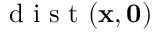
\mathrm { ~ d ~ i ~ s ~ t ~ } ( \mathbf { x } , \mathbf { 0 } )